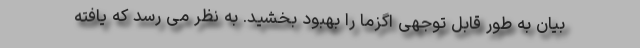
بیان به طور قابل توجهی اگزما را بهبود بخشید. به نظر می رسد که یافته